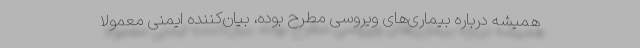
همیشه درباره بیماری‌های ویروسی مطرح بوده، بیان‌کننده ایمنی معمولاً